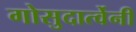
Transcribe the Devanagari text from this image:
गोसुदार्त्वेनी